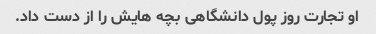
او تجارت روز پول دانشگاهی بچه هایش را از دست داد.